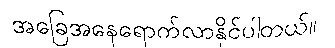
အခြေအနေရောက်လာနိုင်ပါတယ်။